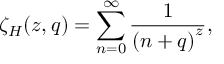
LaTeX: \zeta _ { H } ( z , q ) = \sum _ { n = 0 } ^ { \infty } \frac { 1 } { \left( n + q \right) ^ { z } } ,